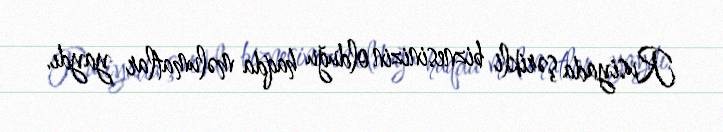
Rusiyada şərikli biznesinizin olduğu haqda məlumatlar yaydı.